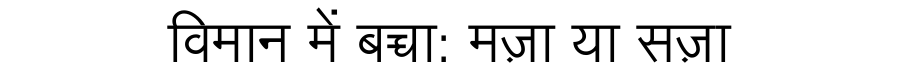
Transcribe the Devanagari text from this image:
विमान में बच्चा: मज़ा या सज़ा